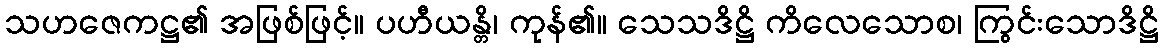
သဟဇေကဋ္ဌ၏ အဖြစ်ဖြင့်။ ပဟီယန္တိ၊ ကုန်၏။ သေသဒိဋ္ဌိ ကိလေသောစ၊ ကြွင်းသောဒိဋ္ဌိ